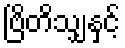
ဗြိတိသျှနှင့်